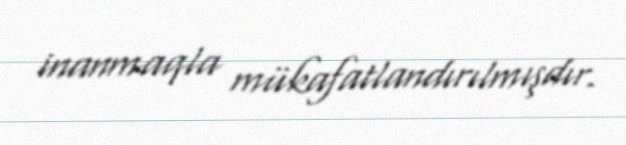
inanmaqla mükafatlandırılmışdır.